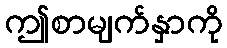
ဤစာမျက်နှာကို